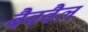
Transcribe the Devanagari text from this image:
बैववैल